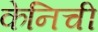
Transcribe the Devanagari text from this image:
केनिची